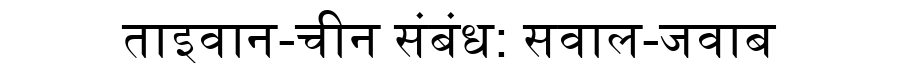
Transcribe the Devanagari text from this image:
ताइवान-चीन संबंध: सवाल-जवाब